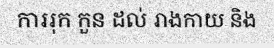
ការរុក កួន ដល់ រាងកាយ និង